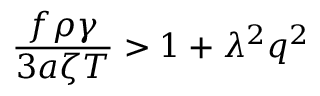
\frac { f \rho \gamma } { 3 a \zeta T } > 1 + \lambda ^ { 2 } q ^ { 2 }